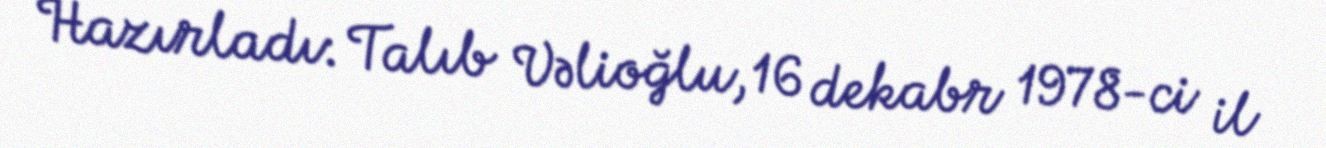
Hazırladı: Talıb Vəlioğlu, 16 dekabr 1978-ci il